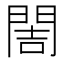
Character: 䦖